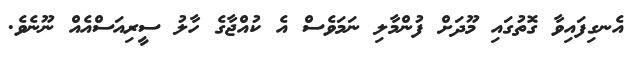
އެނގިފައިވާ ގޮތުގައި މޫދަށް ފުންމާލި ނަމަވެސް އެ ކުއްޖާގެ ހާލު ސީރިއަސްއެއް ނޫނެވެ.